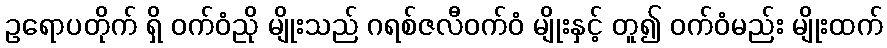
ဥရောပတိုက် ရှိ ဝက်ဝံညို မျိုးသည် ဂရစ်ဇလီဝက်ဝံ မျိုးနှင့် တူ၍ ဝက်ဝံမည်း မျိုးထက်